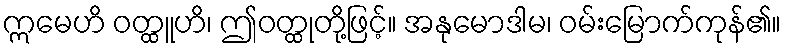
ဣမေဟိ ဝတ္ထူဟိ၊ ဤဝတ္ထုတို့ဖြင့်။ အနုမောဒါမ၊ ဝမ်းမြောက်ကုန်၏။